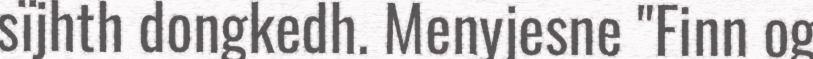
sïjhth dongkedh. Menyjesne "Finn og